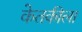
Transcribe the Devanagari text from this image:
केतकीला